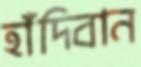
হাঁদিবান